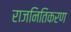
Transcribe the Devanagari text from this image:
राजनितिकरण